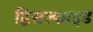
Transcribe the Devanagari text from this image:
द्विसल्फाइड